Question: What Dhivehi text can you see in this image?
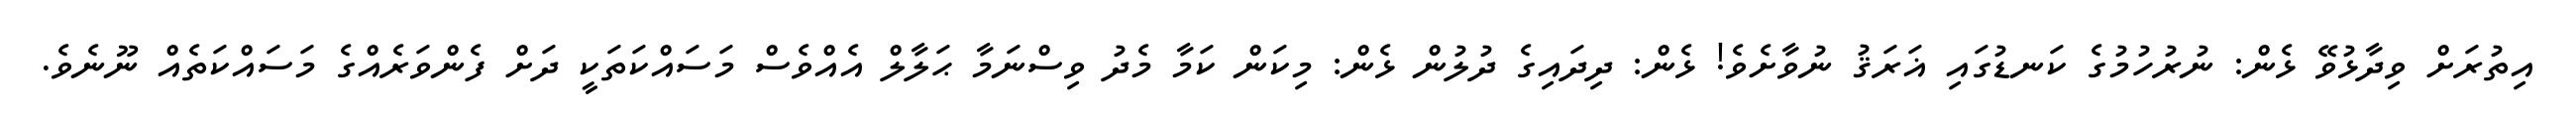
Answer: އިތުރަށް ވިދާޅުވޭ ޅެން: ނުރުހުމުގެ ކަނޑުގައި ޣަރަޤު ނުވާށެވެ! ޅެން: ދިދައިގެ ދުލުން ޅެން: މިކަން ކަމާ މެދު ވިސްނަމާ ޙަލާލް އެއްވެސް މަސައްކަތަކީ ދަށް ފެންވަރެއްގެ މަސައްކަތެއް ނޫނެވެ.